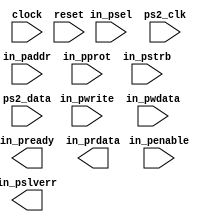
module ps2_top_apb(
  input         clock,
  input         reset,
  input  [31:0] in_paddr,
  input         in_psel,
  input         in_penable,
  input  [2:0]  in_pprot,
  input         in_pwrite,
  input  [31:0] in_pwdata,
  input  [3:0]  in_pstrb,
  output        in_pready,
  output [31:0] in_prdata,
  output        in_pslverr,

  input         ps2_clk,
  input         ps2_data
);

endmodule